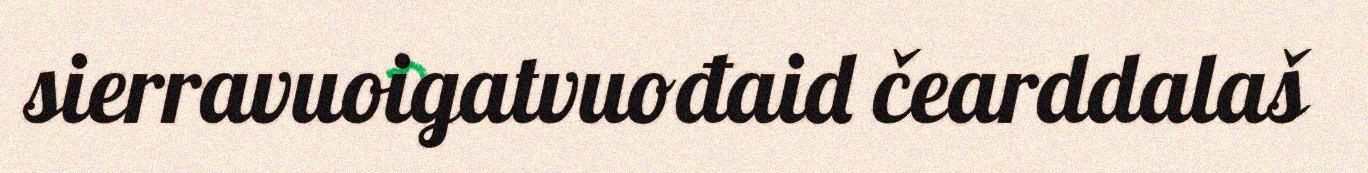
sierravuoigatvuođaid čearddalaš